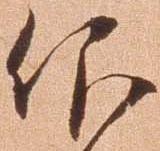
仰